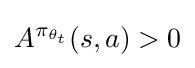
A^{\pi _{\theta _{t}}}(s,a)>0